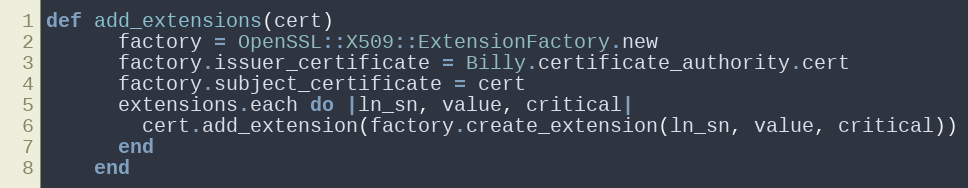
Language: Ruby
def add_extensions(cert)
      factory = OpenSSL::X509::ExtensionFactory.new
      factory.issuer_certificate = Billy.certificate_authority.cert
      factory.subject_certificate = cert
      extensions.each do |ln_sn, value, critical|
        cert.add_extension(factory.create_extension(ln_sn, value, critical))
      end
    end